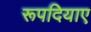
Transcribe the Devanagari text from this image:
रूपदियाए